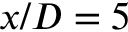
x / D = 5